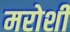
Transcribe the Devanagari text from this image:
मरोशी